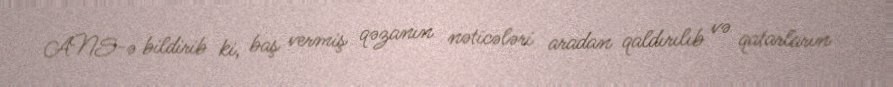
ANS-ə bildirib ki, baş vermiş qəzanın nəticələri aradan qaldırılıb və qatarların